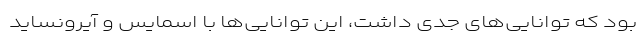
بود که توانایی‌های جدی داشت، این توانایی‌ها با اسمایس و آیرونساید